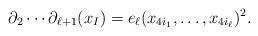
LaTeX: \begin{align*}\partial_2\cdots \partial_{\ell+1} (x_I)=e_{\ell}(x_{4i_1}, \dots, x_{4i_\ell})^2.\end{align*}